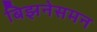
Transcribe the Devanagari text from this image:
बिझनेसमन